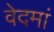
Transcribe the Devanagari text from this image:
वेदमां